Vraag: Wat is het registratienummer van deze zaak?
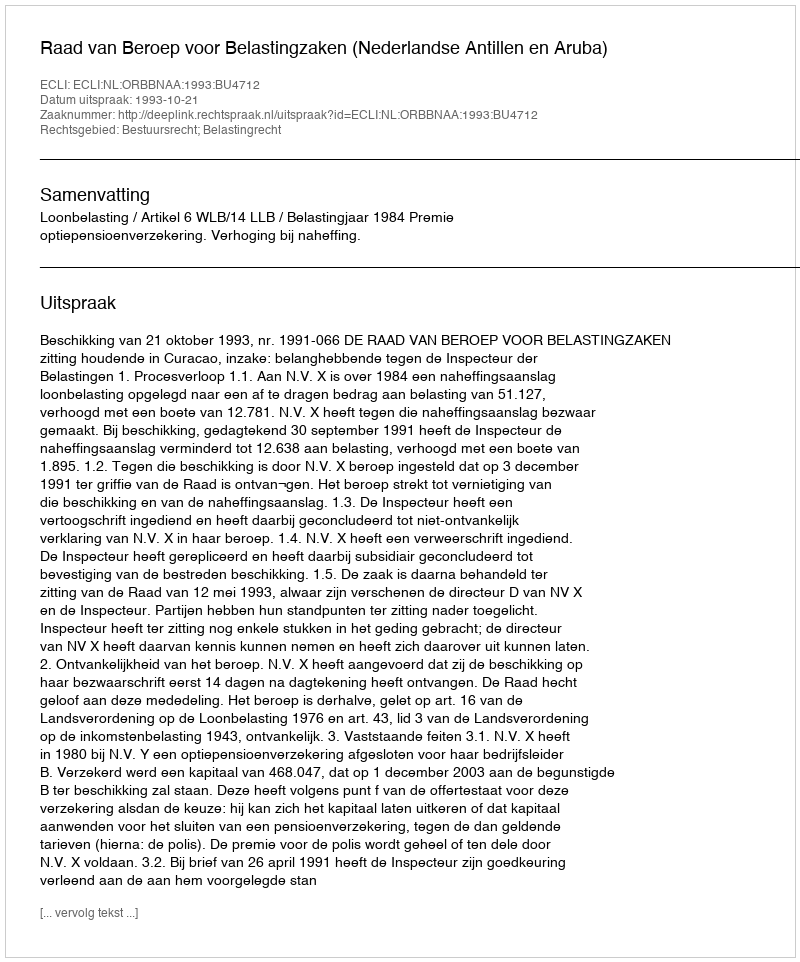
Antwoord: http://deeplink.rechtspraak.nl/uitspraak?id=ECLI:NL:ORBBNAA:1993:BU4712